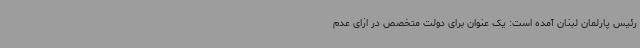
رئیس پارلمان لبنان آمده است: یک عنوان برای دولت متخصص در ازای عدم